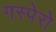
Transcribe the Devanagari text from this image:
गस्पेरो